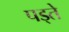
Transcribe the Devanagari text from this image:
पड्ते